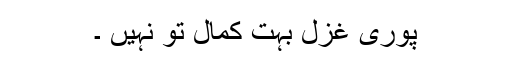
پوری غزل بہت کمال تو نہیں ۔